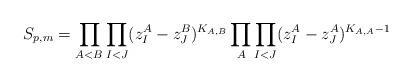
LaTeX: \begin{align*}S_{p,m}=\prod_{A<B} \prod_{I<J}(z^A_I-z^B_J)^{K_{A,B}}\prod_A\prod_{I<J}(z^A_I-z^A_J)^{K_{A,A}-1}\end{align*}